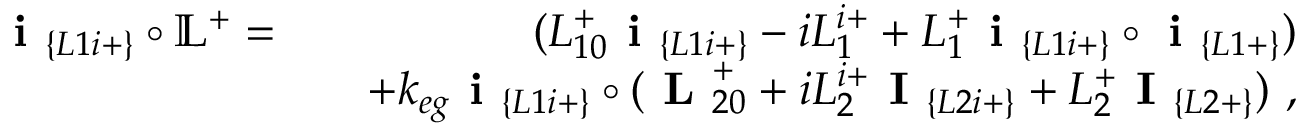
\begin{array} { r l r } { \textbf { i } _ { \{ L 1 i + \} } \circ \mathbb { L } ^ { + } = } & { } & { ( L _ { 1 0 } ^ { + } \textbf { i } _ { \{ L 1 i + \} } - i L _ { 1 } ^ { i + } + L _ { 1 } ^ { + } \textbf { i } _ { \{ L 1 i + \} } \circ \textbf { i } _ { \{ L 1 + \} } ) } \\ & { } & { + k _ { e g } \textbf { i } _ { \{ L 1 i + \} } \circ ( \textbf { L } _ { 2 0 } ^ { + } + i L _ { 2 } ^ { i + } \textbf { I } _ { \{ L 2 i + \} } + L _ { 2 } ^ { + } \textbf { I } _ { \{ L 2 + \} } ) ~ , } \end{array}